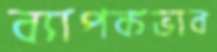
ব্যাপকভাব